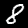
Digit: 8